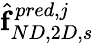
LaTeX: \hat{\boldsymbol{\mathrm{f}}}_{ND,2D,s}^{pred,j}